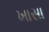
ખાસા